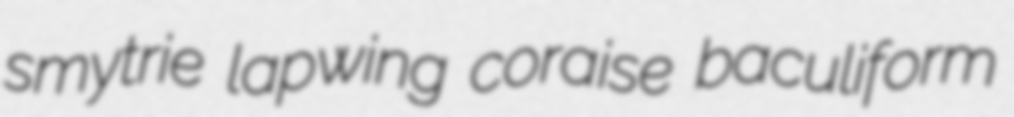
smytrie lapwing coraise baculiform